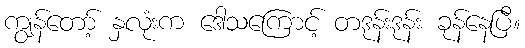
ကျွန်တော့် နှလုံးက ဒေါသကြောင့် တဒုန်းဒုန်း ခုန်နေပြီ။